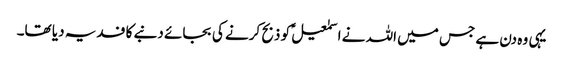
یہی وہ دن ہے جس میں اللہ نے اسمٰعیلؑ کو ذبح کرنے کی بجائے دنبے کا فدیہ دیا تھا۔